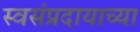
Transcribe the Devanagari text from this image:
स्वसंप्रदायाच्या